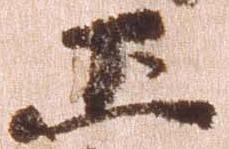
正